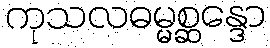
ကုသလဓမ္မစ္ဆန္ဒော